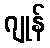
ဂျုန်